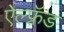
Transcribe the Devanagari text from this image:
ऐल्फ़्रॅड